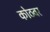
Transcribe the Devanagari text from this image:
कोठवर